Annual report on the lock hospitals of the Madras Presidency
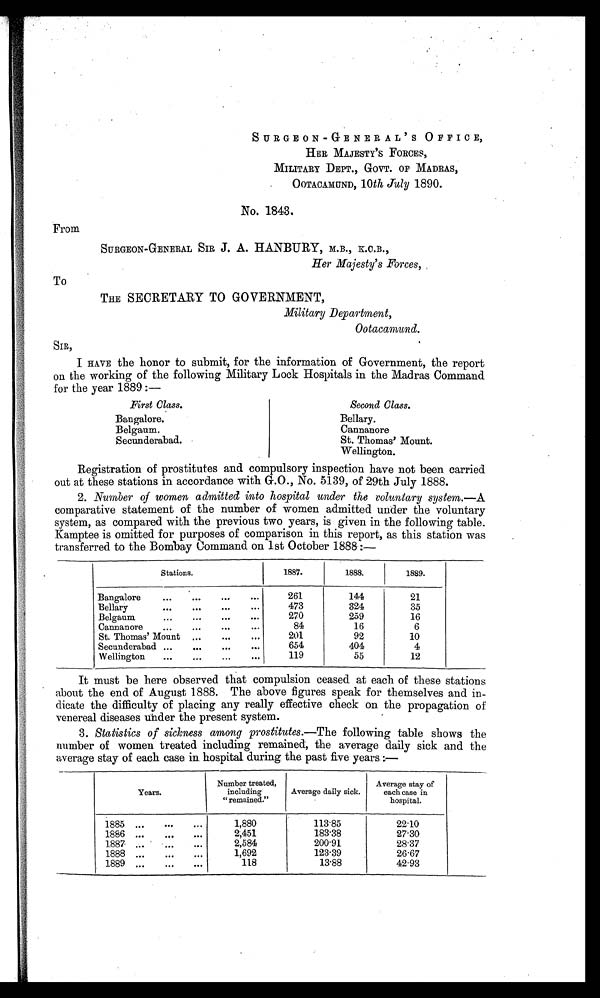
SURGEON-GENERAL ' S OFFICE,
HER MAJESTY' S FORCES,
MILITARY DEPT., GOVT. OF MADRAS,
OOTACAMUND, 10th July 1890.
No. 1843.
From
SURGEON-GENERAL SIR J. A. HANBURY, M.B., K.C.B.,
Her Majesty's Forces,
To
THE SECRETARY TO GOVERNMENT,
Military Department,
Ootacamund.
SIR,
I HAVE the honor to submit, for the information of Government, the report
on the working of the following Military Lock Hospitals in the Madras Command
for the year 1889 :—
First Class.
Second Class.
Bangalore.
Bellary.
Belgaum.
Cannanore
Secunderabad.
St. Thomas' Mount.
Wellington.
Registration of prostitutes and compulsory inspection have not been carried
out at these stations in accordance with G.O., No. 5139, of 29th July 1888.
2. Number of women admitted into hospital under the voluntary system.—A
comparative statement of the number of women admitted under the voluntary
system, as compared with the previous two years, is given in the following table.
Kamptee is omitted for purposes of comparison in this report, as this station was
transferred to the Bombay Command on 1st October 1888 :—
Stations.
1887.
1888.
1889.
Bangalore
261
144
21
Bellary
473
324
35
Belgaum
270
259
16
Cannanore
84
16
6
St. Thomas' Mount
201
92
10
Secunderabad ...
...
654
404
4
Wellington
119
55
12
It must be here observed that compulsion ceased at each of these stations
about the end of August 1888. The above figures speak for themselves and in-
dicate the difficulty of placing any really effective check on the propagation of
venereal diseases under the present system.
3. Statistics of sickness among prostitutes.—The following table shows the
number of women treated including remained, the average daily sick and the
average stay of each case in hospital during the past five years
Years.
Number treated,
including
"remained."
Average daily sick.
Average stay of
each case in
hospital.
1885
1,880
113.85
22.10
1886
2,451
183.38
27.30
188.7
2,584
200.91
28.37
1888
1,692
123.39
26.67
1889
118
13.88
42.93